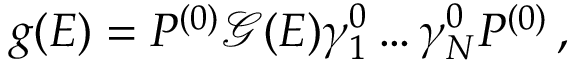
\begin{array} { r } { g ( E ) = P ^ { ( 0 ) } \mathcal { G } ( E ) \gamma _ { 1 } ^ { 0 } \ldots \gamma _ { N } ^ { 0 } P ^ { ( 0 ) } \, , } \end{array}